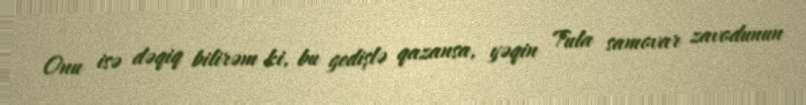
Onu isə dəqiq bilirəm ki, bu gedişlə qazansa, yəqin Tula samovar zavodunun